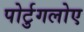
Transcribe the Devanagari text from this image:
पोर्टुगलोए